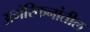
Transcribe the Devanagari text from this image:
अमेरिकनांतील